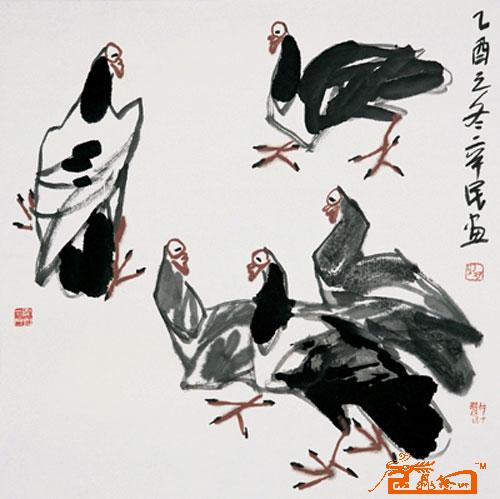
民齐者强